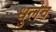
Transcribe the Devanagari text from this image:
धुलेव